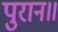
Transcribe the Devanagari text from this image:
पुरान॥